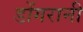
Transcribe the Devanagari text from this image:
डोंगरानी